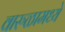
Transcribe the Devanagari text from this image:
वारुळामध्ये